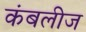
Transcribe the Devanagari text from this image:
कंबलीज